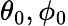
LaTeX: \theta_{0},\phi_{0}